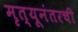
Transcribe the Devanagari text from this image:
मृत्यूनंतरची